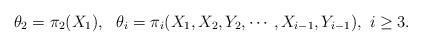
LaTeX: \begin{align*}\theta_2=\pi_2(X_1),\ \ \theta_i=\pi_i(X_1,X_2,Y_2,\cdots,X_{i-1},Y_{i-1}),~i\geq3.\end{align*}